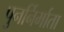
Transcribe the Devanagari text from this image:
पुनर्निर्माता